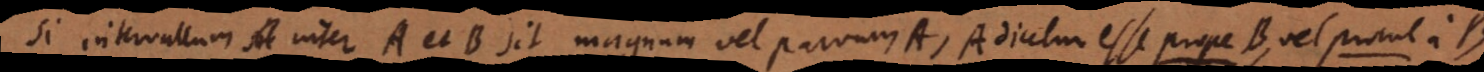
Si intervallum inter A et B sit magnum vel parvum, A dicetur esse p r o p e B, Procul